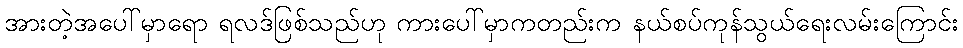
အားတဲ့အပေါ်မှာရော ရလဒ်ဖြစ်သည်ဟု ကားပေါ်မှာကတည်းက နယ်စပ်ကုန်သွယ်ရေးလမ်းကြောင်း